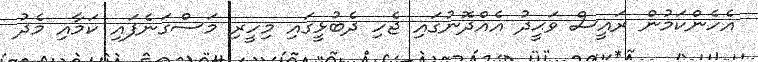
އެހެންކަމުން ރައީސް ވަޙީދު އެއްދޮނުގައި ޖެހި ދެބުޅީގައި މިހީރި މަސްގަނެފައި ކަމާއި މެދު